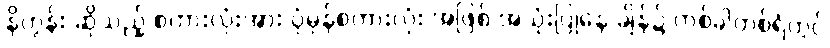
နိဟွန်း ဆိုသည့် စကားလုံးအား ပုံမှန်စကားလုံး အဖြစ် အသုံးပြုနေ ချိန်၌ တစ်ခါတစ်ရံတွင်